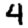
Digit: 4